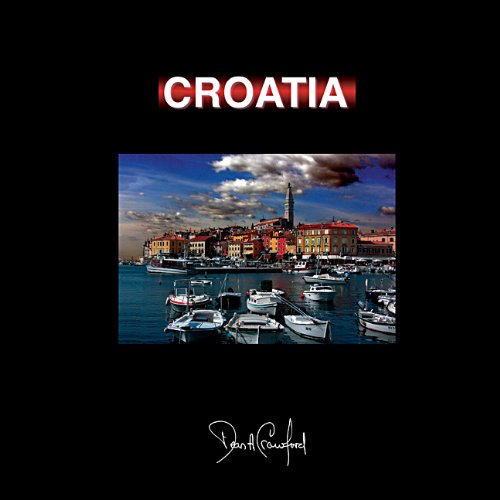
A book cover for Croatia; Dean A Crawford; Travel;